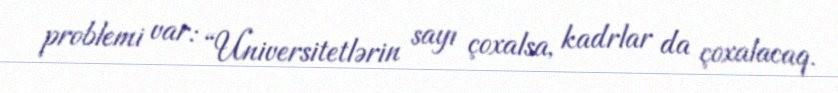
problemi var: “Universitetlərin sayı çoxalsa, kadrlar da çoxalacaq.